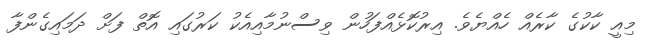
މިއީ ކާކުގެ ކާރެއް ހެއްޔެވެ. އިރުކޮޅެއްފަހުން ވިސްނުމާއިއެކު ކަރުގައި އޮތް ފަށް ދަމައިގެންފާ